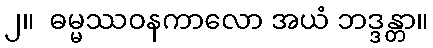
၂။  ဓမ္မဿဝနကာလော အယံ ဘဒ္ဒန္တာ။